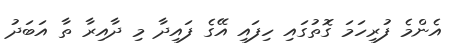
އެންމެ ފުރިހަމަ ގޮތުގައި ހިފައި އޭގެ ފައިދާ މި ދާއިރާ ތާ އަބަދު